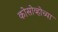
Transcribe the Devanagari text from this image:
कोसोव्होच्या